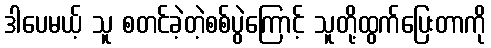
ဒါပေမယ့် သူ စတင်ခဲ့တဲ့စစ်ပွဲကြောင့် သူတို့ထွက်ပြေးတာကို